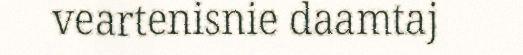
veartenisnie daamtaj